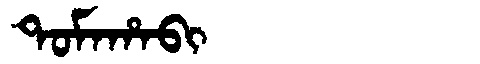
Manchu: ᡨᠣᠮᠠᡥᠠᠪᡳ
Romanization: TOMAHABI